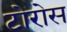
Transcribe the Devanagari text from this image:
टोरोस